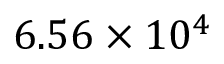
6 . 5 6 \times 1 0 ^ { 4 }